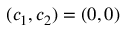
( c _ { 1 } , c _ { 2 } ) = ( 0 , 0 )